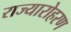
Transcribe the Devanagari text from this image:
राज्यारोहरण